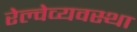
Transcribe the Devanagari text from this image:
रेल्वेव्यवस्था